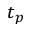
t _ { p }